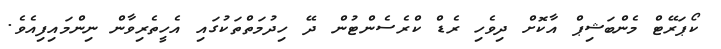
ކޯޕަރޭޓް މެންބަޝިޕް އާކޮށް ދިވެހި ރެޑް ކްރެސެންޓުން ދޭ ހިދުމަތްތަކުގައި އެހީތެރިވާން ނިންމައިފިއެވެ.